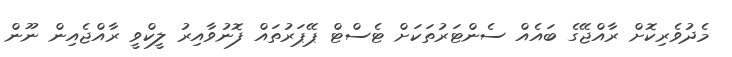
މެދުވެރިކޮށް ރާއްޖޭގެ ބައެއް ސެންޓަރުތަކަށް ޓެސްޓް ޕޭޕަރުތައް ފޮނުވާއިރު ލީކްވީ ރާއްޖެއިން ނޫން